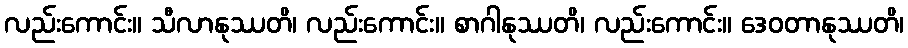
လည်းကောင်း။ သီလာနုဿတိ၊ လည်းကောင်း။ စာဂါနုဿတိ၊ လည်းကောင်း။ ဒေဝတာနုဿတိ၊